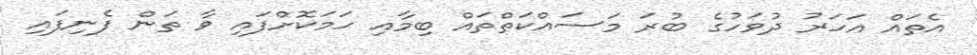
އެތައް އަހަރު ދުވަހުގެ ބުރަ މަސައްކަތްތައް ބިމާއި ހަމަކޮށްފައި ވާ ތަން ފެނިފައި